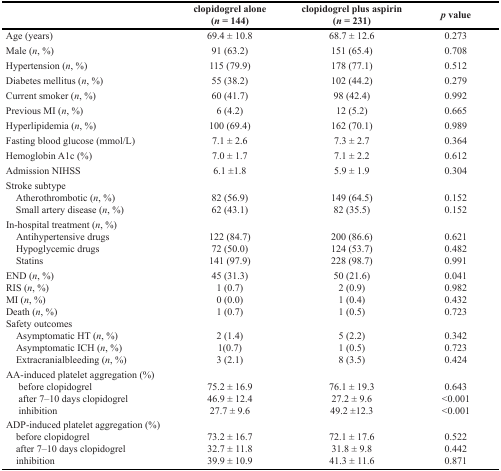
<table><thead><tr><td></td><td><b>clopidogrel alone (<i>n</i> = 144)</b></td><td><b>clopidogrel plus aspirin (<i>n</i> = 231)</b></td><td><b><i>p</i> value</b></td></tr></thead><tbody><tr><td>Age (years)</td><td>69.4 ± 10.8</td><td>68.7 ± 12.6</td><td>0.273</td></tr><tr><td>Male (<i>n</i>, %)</td><td>91 (63.2)</td><td>151 (65.4)</td><td>0.708</td></tr><tr><td>Hypertension (<i>n</i>, %)</td><td>115 (79.9)</td><td>178 (77.1)</td><td>0.512</td></tr><tr><td>Diabetes mellitus (<i>n</i>, %)</td><td>55 (38.2)</td><td>102 (44.2)</td><td>0.279</td></tr><tr><td>Current smoker (<i>n</i>, %)</td><td>60 (41.7)</td><td>98 (42.4)</td><td>0.992</td></tr><tr><td>Previous MI (<i>n</i>, %)</td><td>6 (4.2)</td><td>12 (5.2)</td><td>0.665</td></tr><tr><td>Hyperlipidemia (<i>n</i>, %)</td><td>100 (69.4)</td><td>162 (70.1)</td><td>0.989</td></tr><tr><td>Fasting blood glucose (mmol/L)</td><td>7.1 ± 2.6</td><td>7.3 ± 2.7</td><td>0.364</td></tr><tr><td>Hemoglobin A1c (%)</td><td>7.0 ± 1.7</td><td>7.1 ± 2.2</td><td>0.612</td></tr><tr><td>Admission NIHSS</td><td>6.1 ±1.8</td><td>5.9 ± 1.9</td><td>0.304</td></tr><tr><td>Stroke subtype</td><td></td><td></td><td></td></tr><tr><td> Atherothrombotic (<i>n</i>, %)</td><td>82 (56.9)</td><td>149 (64.5)</td><td>0.152</td></tr><tr><td> Small artery disease (<i>n</i>, %)</td><td>62 (43.1)</td><td>82 (35.5)</td><td>0.152</td></tr><tr><td>In-hospital treatment (<i>n</i>, %)</td><td></td><td></td><td></td></tr><tr><td> Antihypertensive drugs</td><td>122 (84.7)</td><td>200 (86.6)</td><td>0.621</td></tr><tr><td> Hypoglycemic drugs</td><td>72 (50.0)</td><td>124 (53.7)</td><td>0.482</td></tr><tr><td> Statins</td><td>141 (97.9)</td><td>228 (98.7)</td><td>0.991</td></tr><tr><td>END (<i>n</i>, %)</td><td>45 (31.3)</td><td>50 (21.6)</td><td>0.041</td></tr><tr><td>RIS (<i>n</i>, %)</td><td>1 (0.7)</td><td>2 (0.9)</td><td>0.982</td></tr><tr><td>MI (<i>n</i>, %)</td><td>0 (0.0)</td><td>1 (0.4)</td><td>0.432</td></tr><tr><td>Death (<i>n</i>, %)</td><td>1 (0.7)</td><td>1 (0.5)</td><td>0.723</td></tr><tr><td>Safety outcomes</td><td></td><td></td><td></td></tr><tr><td> Asymptomatic HT (<i>n</i>, %)</td><td>2 (1.4)</td><td>5 (2.2)</td><td>0.342</td></tr><tr><td> Asymptomatic ICH (<i>n</i>, %)</td><td>1(0.7)</td><td>1 (0.5)</td><td>0.723</td></tr><tr><td> Extracranialbleeding (<i>n</i>, %)</td><td>3 (2.1)</td><td>8 (3.5)</td><td>0.424</td></tr><tr><td>AA-induced platelet aggregation (%)</td><td></td><td></td><td></td></tr><tr><td> before clopidogrel</td><td>75.2 ± 16.9</td><td>76.1 ± 19.3</td><td>0.643</td></tr><tr><td> after 7–10 days clopidogrel</td><td>46.9 ± 12.4</td><td>27.2 ± 9.6</td><td>&lt;0.001</td></tr><tr><td> inhibition</td><td>27.7 ± 9.6</td><td>49.2 ±12.3</td><td>&lt;0.001</td></tr><tr><td>ADP-induced platelet aggregation (%)</td><td></td><td></td><td></td></tr><tr><td> before clopidogrel</td><td>73.2 ± 16.7</td><td>72.1 ± 17.6</td><td>0.522</td></tr><tr><td> after 7–10 days clopidogrel</td><td>32.7 ± 11.8</td><td>31.8 ± 9.8</td><td>0.442</td></tr><tr><td> inhibition</td><td>39.9 ± 10.9</td><td>41.3 ± 11.6</td><td>0.871</td></tr></tbody></table>